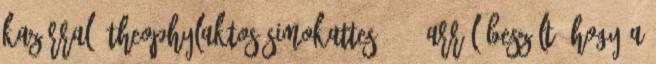
kazárral. Theophylaktos Simokattes 1, 5 arról beszélt, hogy a